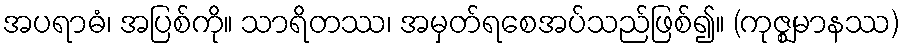
အပရာဓံ၊ အပြစ်ကို။ သာရိတဿ၊ အမှတ်ရစေအပ်သည်ဖြစ်၍။ (ကုဇ္ဈမာနဿ)